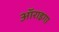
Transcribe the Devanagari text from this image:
ऑराइगा